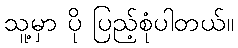
သူ့မှာ ပို ပြည့်စုံပါတယ်။